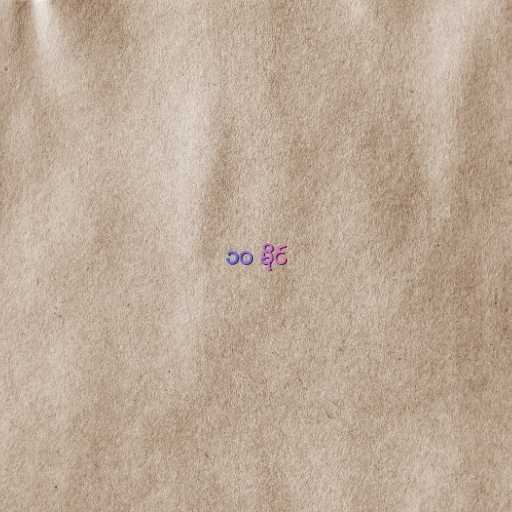
၁၀ မိုင်